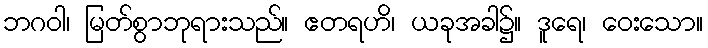
ဘဂဝါ၊ မြတ်စွာဘုရားသည်။ ဧတရဟိ၊ ယခုအခါ၌။ ဒူရေ၊ ဝေးသော။